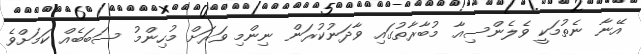
އޭނާ ނެތުމަކީ ވެލެންސިއާ މުބާރާތުގައި ވާދަނުކުރަން ނިންމި ވަރަށް މުހިންމު ސަބަބެއް ކަމަށްވެ